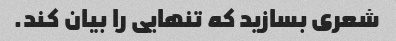
شعری بسازید که تنهایی را بیان کند.